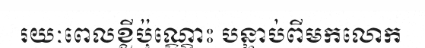
រយៈពេលខ្លីប៉ុណ្ណោះ បន្ទាប់ពីមកលោក